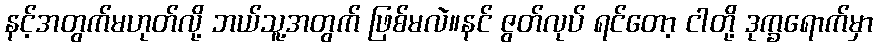
နင့်အတွက်မဟုတ်လို့ ဘယ်သူ့အတွက် ဖြစ်မလဲ။နင် ဇွတ်လုပ် ရင်တော့ ငါတို့ ဒုက္ခရောက်မှာ